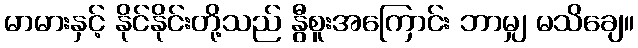
မာမားနှင့် နိုင်နိုင်းတို့သည် နွီစူးအကြောင်း ဘာမျှ မသိချေ။